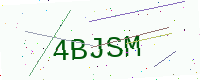
Text: 4BJSM